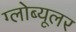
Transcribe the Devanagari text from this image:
ग्लोब्यूलर